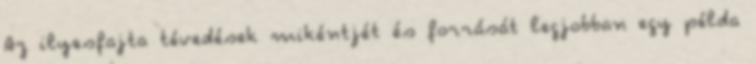
Az ilyesfajta tévedések mikéntjét és forrását legjobban egy példa